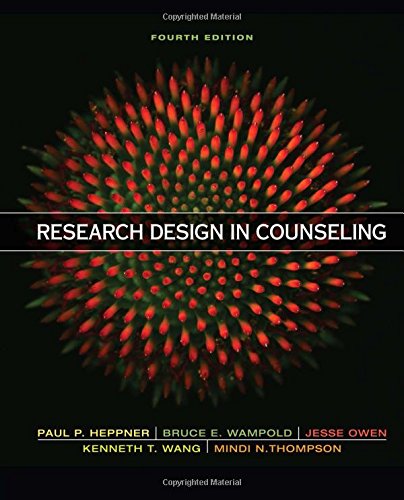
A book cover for Research Design in Counseling; Puncky Paul Heppner; Medical Books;